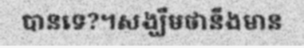
បានទេ?។សង្ឃឹមថានឹងមាន